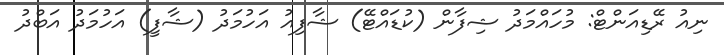
ނިއު ރޭޑިއަންޓް: މުހައްމަދު ޝިފާން (ކުޑައްޓޭ) ޝާފިއު އަހުމަދު (ޝާފީ) އަހުމަދު އަބްދު